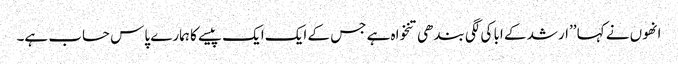
انھوں نے کہا ’’ارشد کے ابا کی لگی بندھی تنخواہ ہے جس کے ایک ایک پیسے کا ہمارے پاس حساب ہے۔